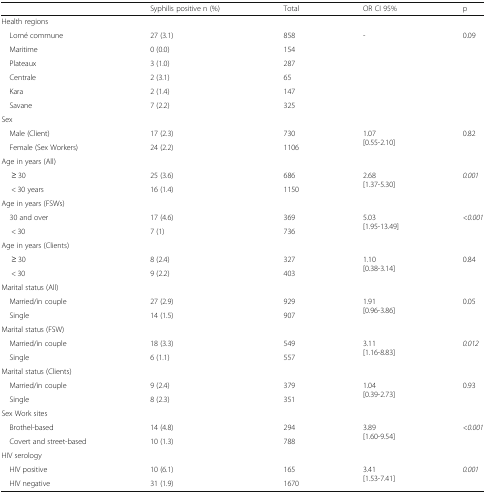
<table><thead><tr><td></td><td><b>Syphilis positive n (%)</b></td><td><b>Total</b></td><td><b>OR CI 95%</b></td><td><b>p</b></td></tr></thead><tbody><tr><td colspan="5">Health regions</td></tr><tr><td> Lomé commune</td><td>27 (3.1)</td><td>858</td><td rowspan="6">-</td><td rowspan="6">0.09</td></tr><tr><td> Maritime</td><td>0 (0.0)</td><td>154</td></tr><tr><td> Plateaux</td><td>3 (1.0)</td><td>287</td></tr><tr><td> Centrale</td><td>2 (3.1)</td><td>65</td></tr><tr><td> Kara</td><td>2 (1.4)</td><td>147</td></tr><tr><td> Savane</td><td>7 (2.2)</td><td>325</td></tr><tr><td colspan="5">Sex</td></tr><tr><td> Male (Client)</td><td>17 (2.3)</td><td>730</td><td rowspan="2">1.07[0.55-2.10]</td><td rowspan="2">0.82</td></tr><tr><td> Female (Sex Workers)</td><td>24 (2.2)</td><td>1106</td></tr><tr><td colspan="5">Age in years (All)</td></tr><tr><td>≥ 30</td><td>25 (3.6)</td><td>686</td><td rowspan="2">2.68[1.37-5.30]</td><td rowspan="2"><i>0.001</i></td></tr><tr><td>&lt; 30 years</td><td>16 (1.4)</td><td>1150</td></tr><tr><td colspan="5">Age in years (FSWs)</td></tr><tr><td> 30 and over</td><td>17 (4.6)</td><td>369</td><td rowspan="2">5.03[1.95-13.49]</td><td rowspan="2"><i>&lt;0.001</i></td></tr><tr><td>&lt; 30</td><td>7 (1)</td><td>736</td></tr><tr><td colspan="5">Age in years (Clients)</td></tr><tr><td>≥ 30</td><td>8 (2.4)</td><td>327</td><td rowspan="2">1.10[0.38-3.14]</td><td rowspan="2">0.84</td></tr><tr><td>&lt; 30</td><td>9 (2.2)</td><td>403</td></tr><tr><td colspan="5">Marital status (All)</td></tr><tr><td> Married/in couple</td><td>27 (2.9)</td><td>929</td><td rowspan="2">1.91[0.96-3.86]</td><td rowspan="2">0.05</td></tr><tr><td> Single</td><td>14 (1.5)</td><td>907</td></tr><tr><td colspan="5">Marital status (FSW)</td></tr><tr><td> Married/in couple</td><td>18 (3.3)</td><td>549</td><td rowspan="2">3.11[1.16-8.83]</td><td rowspan="2"><i>0.012</i></td></tr><tr><td> Single</td><td>6 (1.1)</td><td>557</td></tr><tr><td colspan="5">Marital status (Clients)</td></tr><tr><td> Married/in couple</td><td>9 (2.4)</td><td>379</td><td rowspan="2">1.04[0.39-2.73]</td><td rowspan="2">0.93</td></tr><tr><td> Single</td><td>8 (2.3)</td><td>351</td></tr><tr><td colspan="5">Sex Work sites</td></tr><tr><td> Brothel-based</td><td>14 (4.8)</td><td>294</td><td rowspan="2">3.89[1.60-9.54]</td><td rowspan="2"><i>&lt;0.001</i></td></tr><tr><td> Covert and street-based</td><td>10 (1.3)</td><td>788</td></tr><tr><td colspan="5">HIV serology</td></tr><tr><td> HIV positive</td><td>10 (6.1)</td><td>165</td><td rowspan="2">3.41[1.53-7.41]</td><td rowspan="2"><i>0.001</i></td></tr><tr><td> HIV negative</td><td>31 (1.9)</td><td>1670</td></tr></tbody></table>